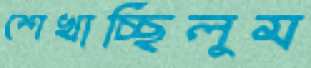
শেখাচ্ছিলুম